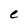
Character: C